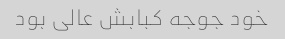
خود جوجه کبابش عالی بود